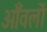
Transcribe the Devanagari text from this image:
आँवलों